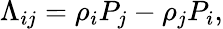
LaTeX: \Lambda_{ij}=\rho_{i}P_{j}-\rho_{j}P_{i},